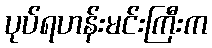
ပုပ်ရဟန်းမင်းကြီးက